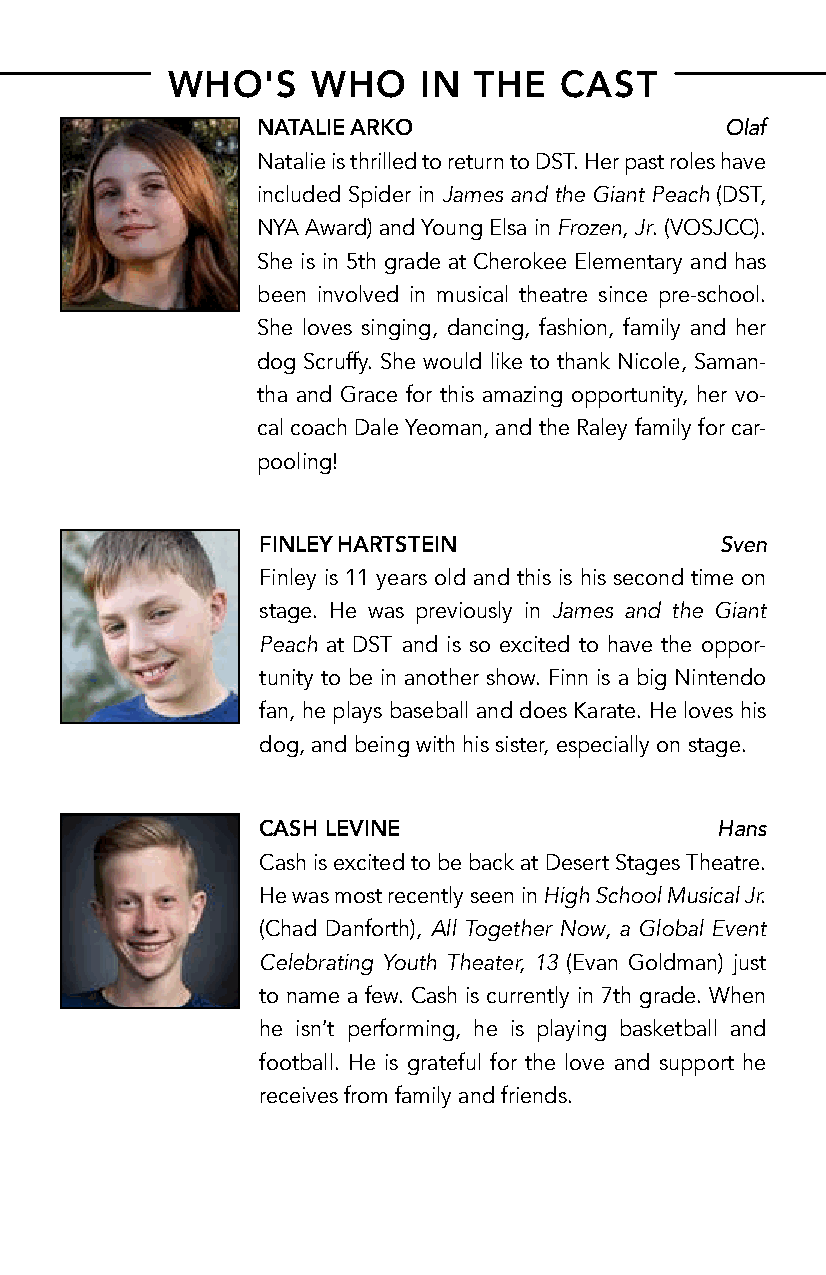
WHO'S     WHO    IN THE   CAST
 NATALIE ARKO                   Olaf
 Natalie is thrilled to return to DST. Her past roles have
 included Spider in James and the Giant Peach (DST,
 NYA Award) and Young Elsa in Frozen, Jr. (VOSJCC).
 She is in 5th grade at Cherokee Elementary and has
 been involved in musical theatre since pre-school.
 She loves singing, dancing, fashion, family and her
 dog Scruffy. She would like to thank Nicole, Saman-
 tha and Grace for this amazing opportunity, her vo-
 cal coach Dale Yeoman, and the Raley family for car-
 pooling!
 FINLEY HARTSTEIN               Sven
 Finley is 11 years old and this is his second time on
 stage. He was previously in James and the Giant
 Peach at DST and is so excited to have the oppor-
 tunity to be in another show. Finn is a big Nintendo
 fan, he plays baseball and does Karate. He loves his
 dog, and being with his sister, especially on stage.
 CASH LEVINE                   Hans
 Cash is excited to be back at Desert Stages Theatre.
 He was most recently seen in High School Musical Jr.
 (Chad Danforth), All Together Now, a Global Event
 Celebrating Youth Theater, 13 (Evan Goldman) just
 to name a few. Cash is currently in 7th grade. When
 he isn’t performing, he is playing basketball and
 football. He is grateful for the love and support he
 receives from family and friends.